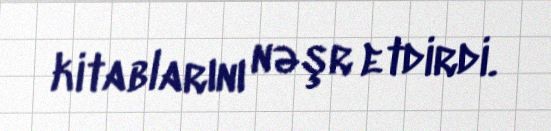
kitablarını nəşr etdirdi.